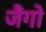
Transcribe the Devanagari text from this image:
जैंगो